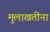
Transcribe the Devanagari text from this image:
मुलाखतींना